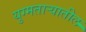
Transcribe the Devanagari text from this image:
युग्मताऱ्यातील